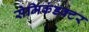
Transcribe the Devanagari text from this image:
सेमिकंडक्‍टर